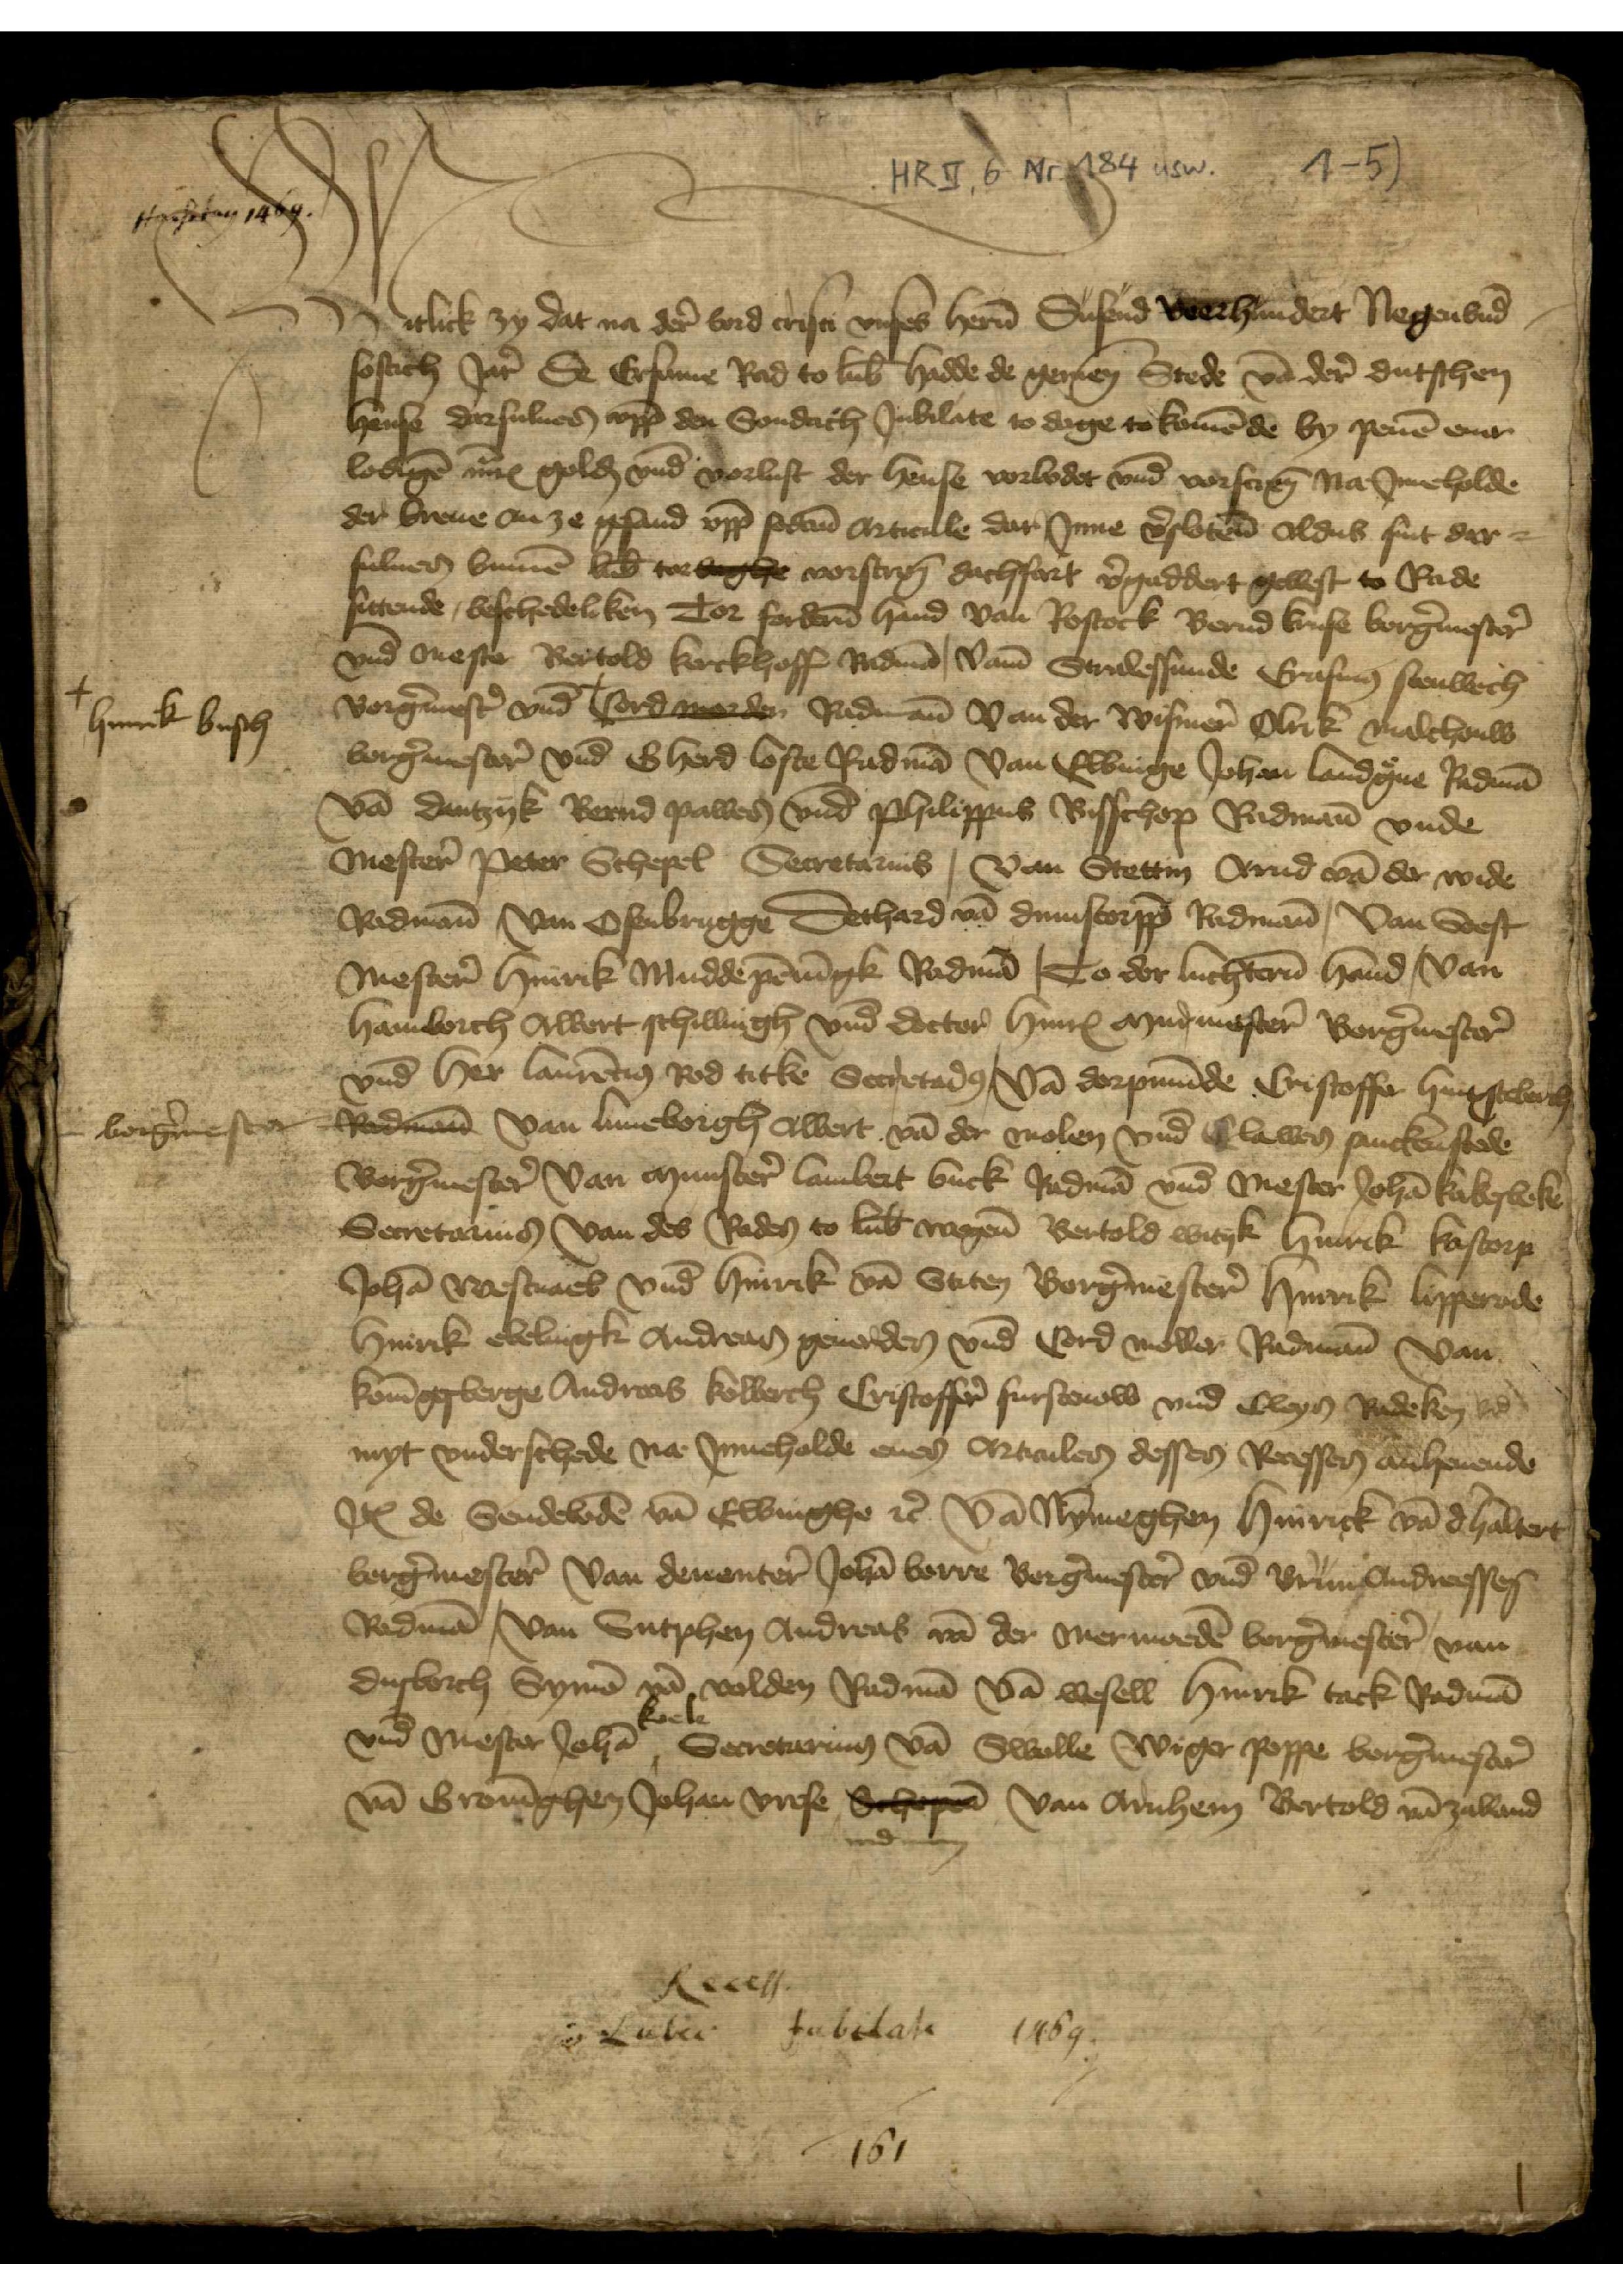
Witlick zy dat na der bord cristi vnses heren Dusend veerhundert Negenvnd¬
sestich Jare De Ersame Rad to Lubeke hadde de gemenen Stede van derer dutschen
hense darsulues vppe den Sondach Jubilate to dage to komende de by penen ener
lodigen mark goldes vnd vorlust der hense vorbodet vnd vorscreuen na Jnneholde
der breue an ze gesand vppe sodane Articule dar Jnne verslotene oldus sint der¬
suluen binnen Lubeke tor beghe vorscreuen dachfart vergaddert gewest to Rade
sittende, beschedeliken Tor forderen hand van Rostock Bernd Kruse borgermestere
vnd Mester Bertold Kerckhoff Radman vame Stralessunde Erasmus Stenwech
Borgermestere vnd + Cord worder Radman van der Wismere Olrik Malchouw
borgermestere vnd Gherd Loste Radman van Elbinge Johan Landgreue Radman
van Dantzyk Bernd Pawes vnd Philippus Bisschop Radmann vnde
Mestere Peter Schepel, Secretarius | van Stettin Arnd van der Wide
Radmann van Oferbrugge Dethard van Dumstorppe Radmann, Van Soest
Mestere Hinrik Muddepenningk Radman | To der luchteren hand | van
Hamborch Albert Schillingh vnd docter Hinrick Murmestere Borgermestere
vnd her Laurentin Rodticke Secretarius | van Dorpmunde Cristoffer Hinxsteberch
borgermester Radmann van Luneborgh Albert van der Molen vnd Clawes Sanckerstede
Borgermestere van Munstere Lambert Buck Radman vnd Mester Johan Kakesbeke
Secretarius, van des Rades to Lubeke wegene Bertold Wityk Hinrik Kastorp
Johan Westuael vnd Hinrik van Stiten Borgermesteren Hinrik Lipperode
Hinrik Ebelingk Andreas Geuorden vnd Cord Moller Radmanne van
Koningesberge Andreas Kolberch Cristoffer Furstenow vnd Cleys Radeken etcetera
myt vnderschede na Jnneholde enen Articulen desses Recesses anheuende
Jtem de Sendeboden van Elbinghe etcetera Van Nymeghen Hinrick van de Haltert
borgermestere van Deuenter Johan Berre Borgermestere vnd Brun Andreessen
Radman van Sutphen Andreas van der Mermoeden borgermestere van
Dusborch Symen van Volden Radman van Wesell Hinrik Tack Radman
Kocke
vnd Mester Johan ^ Secretarius van Swolle Wiger Poppe borgermestere
van Groninghen Johan Vrese Schepe van Arnhem Bertold van Zalland

+ Hinrick Busch